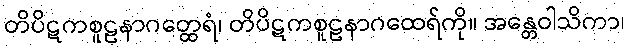
တိပိဋကစူဠနာဂတ္ထေရံ၊ တိပိဋကစူဠနာဂထေရ်ကို။ အန္တေဝါသိကာ၊